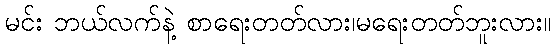
မင်း ဘယ်လက်နဲ့ စာရေးတတ်လား၊မရေးတတ်ဘူးလား။